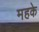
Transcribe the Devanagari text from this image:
महके